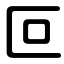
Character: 叵